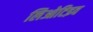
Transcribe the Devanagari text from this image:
लिओटिइव